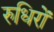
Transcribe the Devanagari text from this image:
रुधिरों